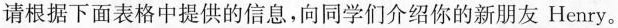
请根据下面表格中提供的信息,向同学们介绍你的新朋友 Henry。